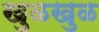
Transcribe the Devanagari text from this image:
खुळखुळ